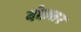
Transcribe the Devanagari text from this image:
दोख़्तर